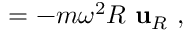
= - m \omega ^ { 2 } R \ \mathbf { u } _ { R } \ ,